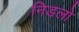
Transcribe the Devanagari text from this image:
निडलो